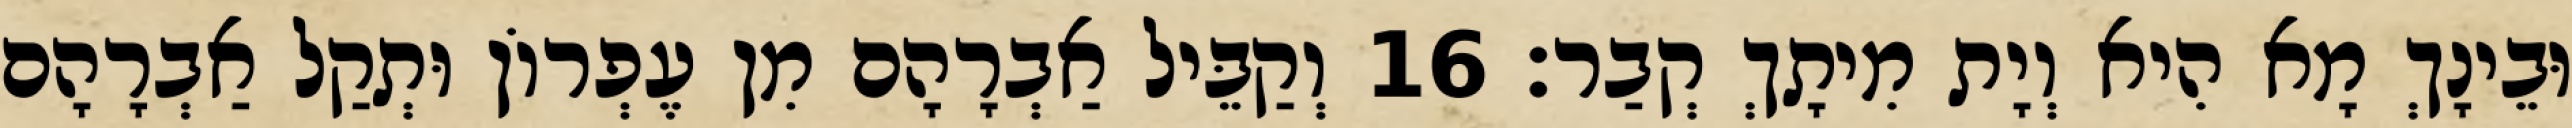
וּבֵינָךְ מָא הִיא וְיָת מִיתָךְ קְבַר׃ 16 וְקַבֵּיל אַבְרָהָם מִן עֶפְרוֹן וּתְקַל אַבְרָהָם